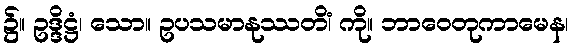
၌။ ဥဒ္ဒိဋ္ဌံ၊ သော။ ဥပသမာနုဿတိံ၊ ကို။ ဘာဝေတုကာမေန၊